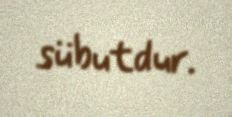
sübutdur.